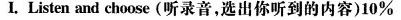
I. Listen and choose (听录音,选出你听到的内容)10%